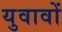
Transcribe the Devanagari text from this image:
युवावों